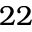
2 2